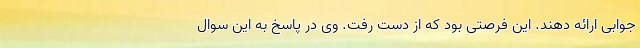
جوابی ارائه دهند. این فرصتی بود که از دست رفت. وی در پاسخ به این سوال